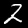
Digit: 2